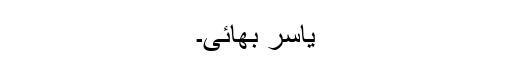
یاسر بھائی۔